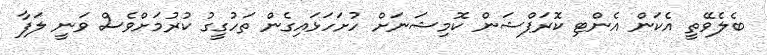
ބެލެވޭތީ އެކަން އެންޓި ކޮރަޕްޝަން ކޮމިޝަނަަށް ހުށަހަޅައިގެން ތަހުގީގު ކުރުމަށްވެސް ވަނީ ލަފާ